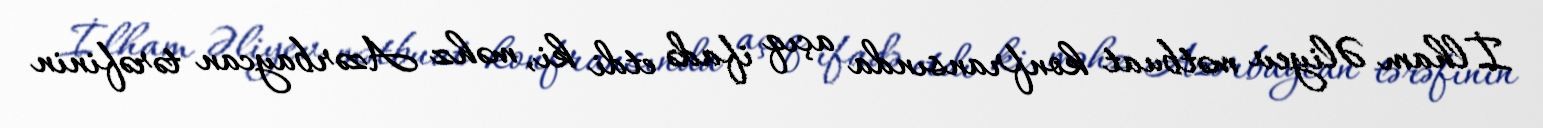
İlham Əliyev mətbuat konfransında açıq ifadə etdi ki, məhz Azərbaycan tərəfinin